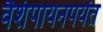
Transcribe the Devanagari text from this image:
वैशंपायनपर्यंत